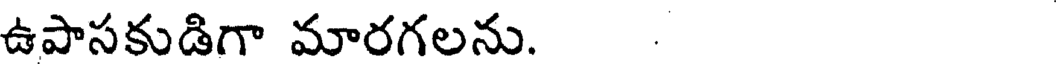
ఉపాసకుడిగా మారగలను. .